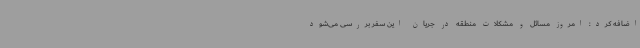
اضافه کرد: امروز مسائل و مشکلات منطقه در جریان این سفر بررسی می‌شود